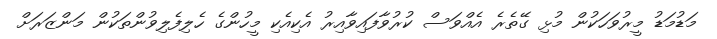
މަޑުމަޑު މީރުވަހަކުން މުޅި ގޭތެރެ އެއްވަސް ކުރުވާފައިވާއިރު އެކިއެކި މީހުންގެ ހެލިފެލިވުންތަކުން މަންޒަރަށް